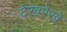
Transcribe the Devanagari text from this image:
देखरेखे